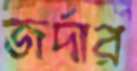
জর্দার